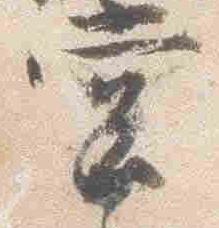
堂